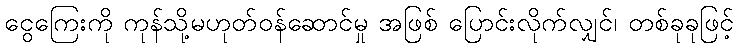
ငွေကြေးကို ကုန်သို့မဟုတ်ဝန်ဆောင်မှု အဖြစ် ပြောင်းလိုက်လျှင်၊ တစ်ခုခုဖြင့်